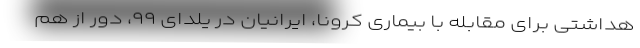
هداشتی برای مقابله با بیماری کرونا، ایرانیان در یلدای ۹۹، دور از هم